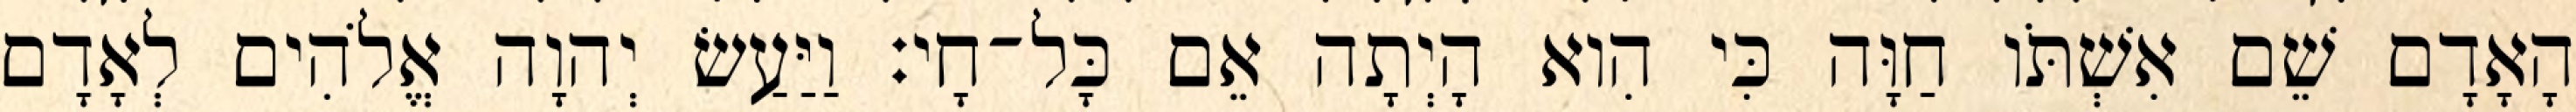
הָאָדָם שֵׁם אִשְׁתֹּו חַוָּה כִּי הִוא הָיְתָה אֵם כָּל־חָי׃ וַיַּעַשׂ יְהוָה אֱלֹהִים לְאָדָם